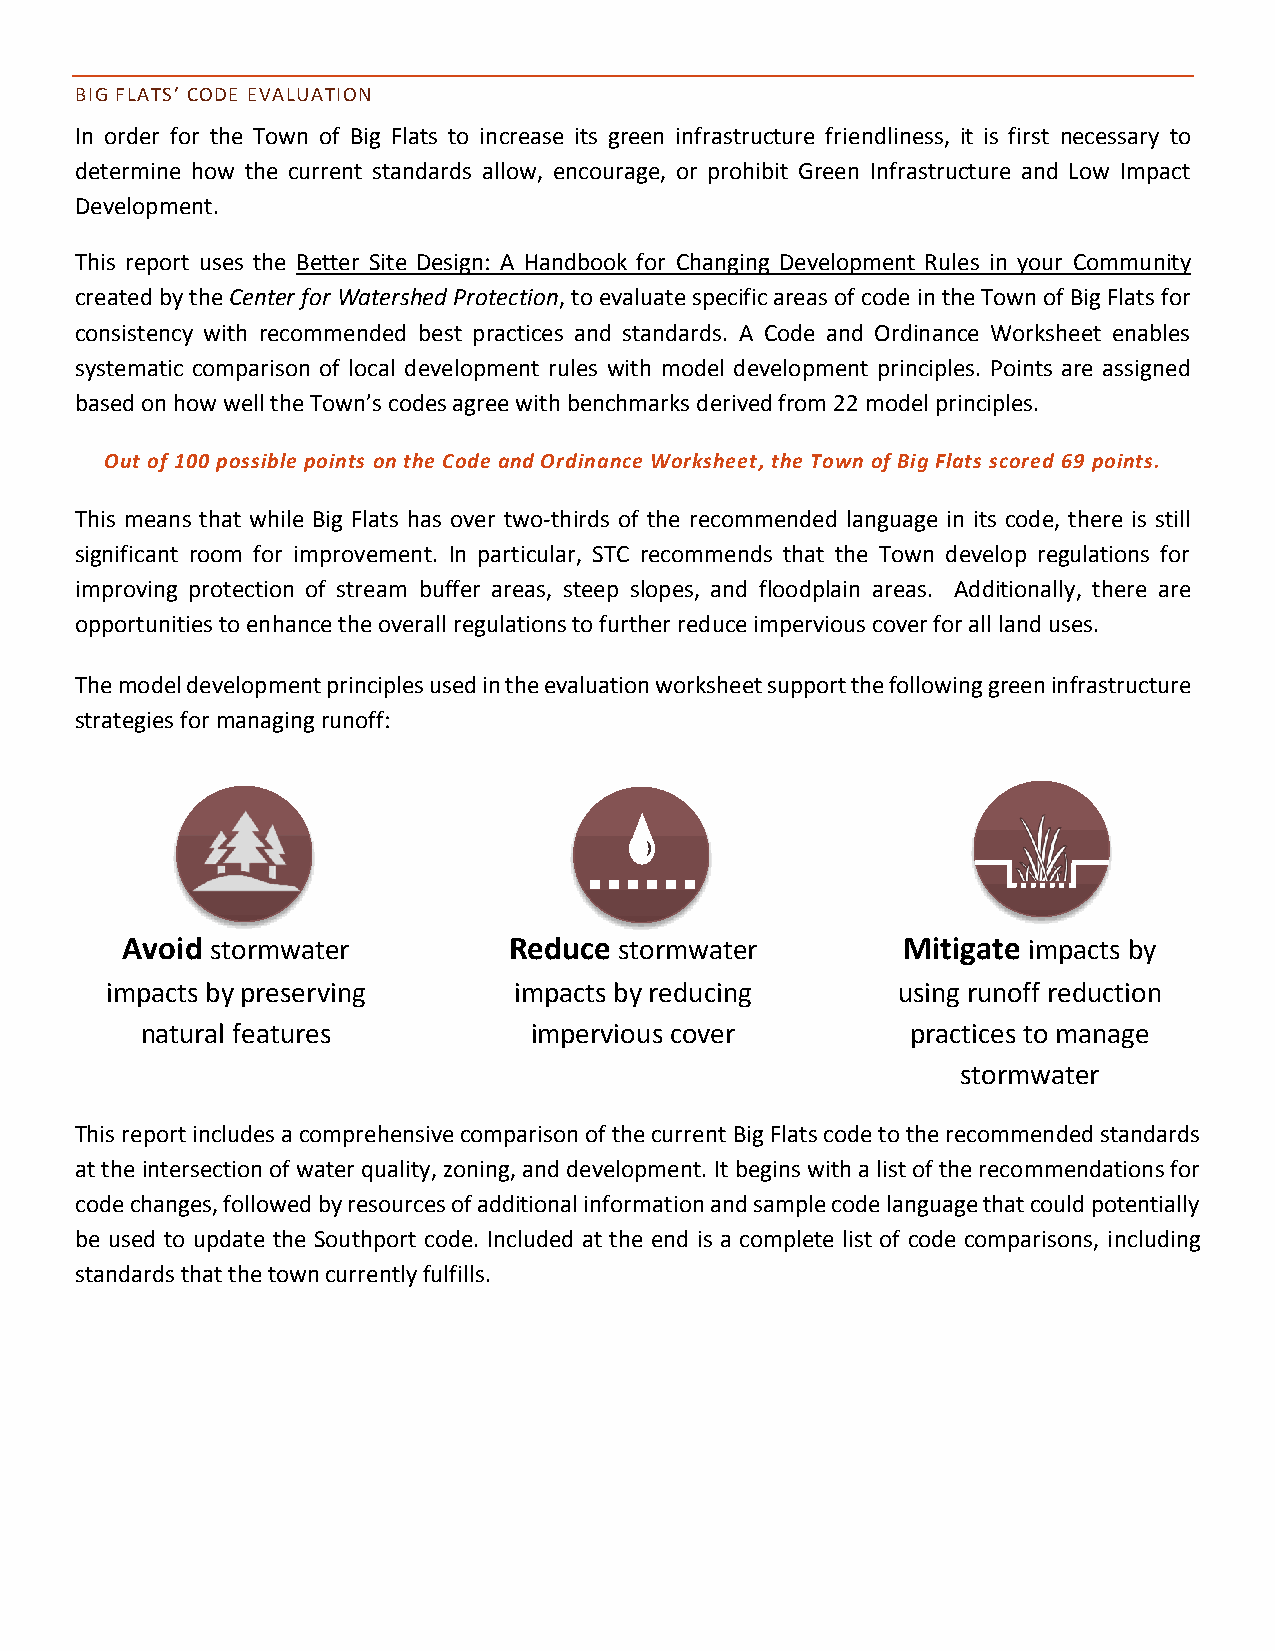
BIG FLATS’ CODE EVALUATION
 In order for the Town of Big Flats to increase its green infrastructure friendliness, it is first necessary to
 determine how the current standards allow, encourage, or prohibit Green Infrastructure and Low Impact
 Development.
 This report uses the Better Site Design: A Handbook for Changing Development Rules in your Community
 created by the Center for Watershed Protection, to evaluate specific areas of code in the Town of Big Flats for
 consistency with recommended best practices and standards. A Code and Ordinance Worksheet enables
 systematic comparison of local development rules with model development principles. Points are assigned
 based on how well the Town’s codes agree with benchmarks derived from 22 model principles.
 Out of 100 possible points on the Code and Ordinance Worksheet, the Town of Big Flats scored 69 points.
 This means that while Big Flats has over two-thirds of the recommended language in its code, there is still
 significant room for improvement. In particular, STC recommends that the Town develop regulations for
 improving protection of stream buffer areas, steep slopes, and floodplain areas. Additionally, there are
 opportunities to enhance the overall regulations to further reduce impervious cover for all land uses.
 The model development principles used in the evaluation worksheet support the following green infrastructure
 strategies for managing runoff:
 Avoid stormwater          Reduce stormwater         Mitigate impacts by
 impacts by preserving      impacts by reducing      using runoff reduction
 natural features          impervious cover         practices to manage
 stormwater
 This report includes a comprehensive comparison of the current Big Flats code to the recommended standards
 at the intersection of water quality, zoning, and development. It begins with a list of the recommendations for
 code changes, followed by resources of additional information and sample code language that could potentially
 be used to update the Southport code. Included at the end is a complete list of code comparisons, including
 standards that the town currently fulfills.